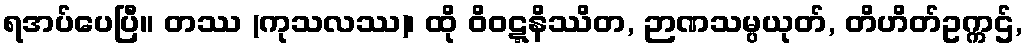
ရအပ်ပေပြီ။ တဿ (ကုသလဿ)၊ ထို ဝိဝဋ္ဋနိဿိတ, ဉာဏသမ္ပယုတ်, တိဟိတ်ဥက္ကဌ်,